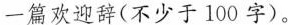
一篇欢迎辞(不少于100字)